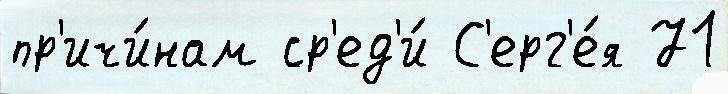
пр'ичи́нам ср'ед'и́ С'ерг'е́я 71